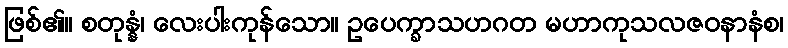
ဖြစ်၏။ စတုန္နံ၊ လေးပါးကုန်သော။ ဥပေက္ခာသဟဂတ မဟာကုသလဇဝနာနံစ၊